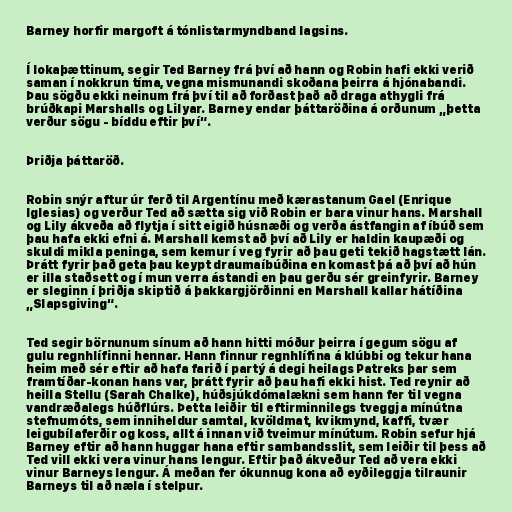
Barney horfir margoft á tónlistarmyndband lagsins.

Í lokaþættinum, segir Ted Barney frá því að hann og Robin hafi ekki verið
saman í nokkrun tíma, vegna mismunandi skoðana þeirra á hjónabandi.
Þau sögðu ekki neinum frá því til að forðast það að draga athygli frá
brúðkapi Marshalls og Lilyar. Barney endar þáttaröðina á orðunum „þetta
verður sögu - bíddu eftir því“.

Þriðja þáttaröð.

Robin snýr aftur úr ferð til Argentínu með kærastanum Gael (Enrique
Iglesias) og verður Ted að sætta sig við Robin er bara vinur hans. Marshall
og Lily ákveða að flytja í sitt eigið húsnæði og verða ástfangin af íbúð sem
þau hafa ekki efni á. Marshall kemst að því að Lily er haldin kaupæði og
skuldi mikla peninga, sem kemur í veg fyrir að þau geti tekið hagstætt lán.
Þrátt fyrir það geta þau keypt draumaíbúðina en komast þá að því að hún
er illa staðsett og í mun verra ástandi en þau gerðu sér greinfyrir. Barney
er sleginn í þriðja skiptið á þakkargjörðinni en Marshall kallar hátíðina
„Slapsgiving“.

Ted segir börnunum sínum að hann hitti móður þeirra í gegum sögu af
gulu regnhlífinni hennar. Hann finnur regnhlífina á klúbbi og tekur hana
heim með sér eftir að hafa farið í partý á degi heilags Patreks þar sem
framtíðar-konan hans var, þrátt fyrir að þau hafi ekki hist. Ted reynir að
heilla Stellu (Sarah Chalke), húðsjúkdómalækni sem hann fer til vegna
vandræðalegs húðflúrs. Þetta leiðir til eftirminnilegs tveggja mínútna
stefnumóts, sem inniheldur samtal, kvöldmat, kvikmynd, kaffi, tvær
leigubílaferðir og koss, allt á innan við tveimur mínútum. Robin sefur hjá
Barney eftir að hann huggar hana eftir sambandsslit, sem leiðir til þess að
Ted vill ekki vera vinur hans lengur. Eftir það ákveður Ted að vera ekki
vinur Barneys lengur. Á meðan fer ókunnug kona að eyðileggja tilraunir
Barneys til að næla í stelpur.